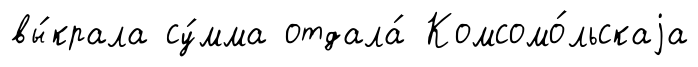
вы́крала су́мма отдала́ Комсомо́льскаjа